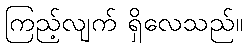
ကြည့်လျက် ရှိလေသည်။